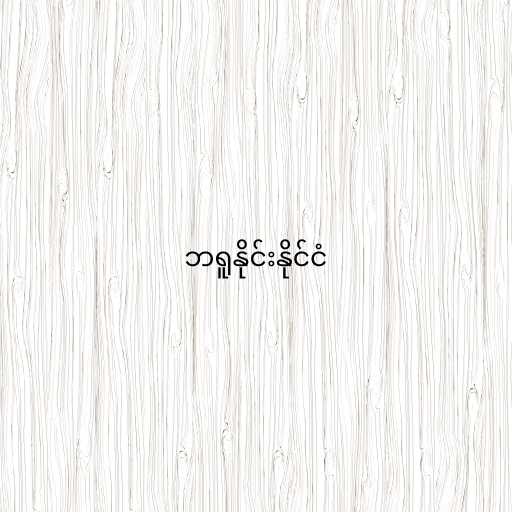
ဘရူနိုင်းနိုင်ငံ